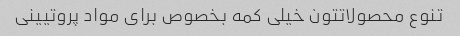
تنوع محصولاتتون خیلی کمه بخصوص برای مواد پروتیینی